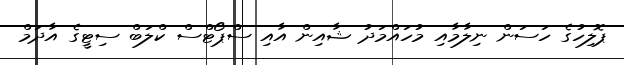
ޕޮލިހުގެ ހަސަން ނިލާމާއި މުހައްމަދު ޝާއިން އާއި ސްޕޯޓްސް ކްލަބް ސިޓީގެ އާދަމް